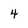
Character: 4